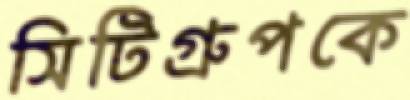
সিটিগ্রুপকে